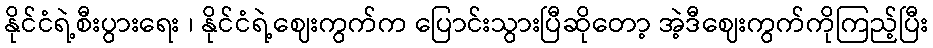
နိုင်ငံရဲ့စီးပွားရေး ၊ နိုင်ငံရဲ့ဈေးကွက်က ပြောင်းသွားပြီဆိုတော့ အဲ့ဒီဈေးကွက်ကိုကြည့်ပြီး